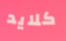
كلايد